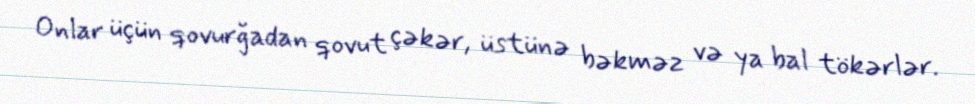
Onlar üçün qovurğadan qovut çəkər, üstünə bəkməz və ya bal tökərlər.